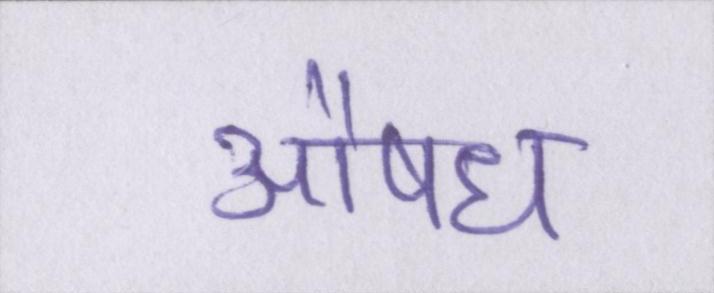
औषध